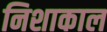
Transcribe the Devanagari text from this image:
निशाकाल